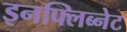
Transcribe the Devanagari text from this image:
इनफ्लिब्नेट